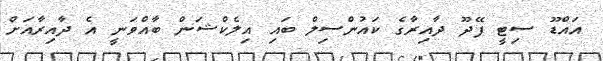
އައްޑޫ ސިޓީ ފޭދޫ ދާއިރާގެ ކައުންސިލް ބައި އިލެކްޝަން ބާއްވަނީ އެ ދާއިރާއަށް